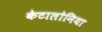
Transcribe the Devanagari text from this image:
केटालोनिया